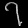
Digit: ၇